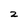
Character: 2